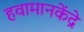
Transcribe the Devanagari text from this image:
हवामानकेंद्रे